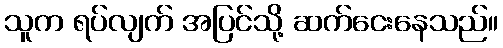
သူက ရပ်လျက် အပြင်သို့ ဆက်ငေးနေသည်။